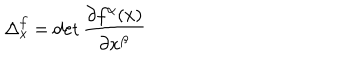
LaTeX: \Delta _ { x } ^ { f } = \det \frac { \partial f ^ { \alpha } ( x ) } { \partial x ^ { \beta } }